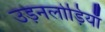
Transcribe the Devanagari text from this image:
उड़नलोड़ियाँ